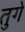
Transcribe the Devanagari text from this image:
तुगे